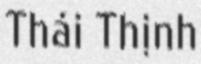
Thái Thịnh